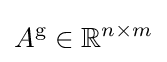
A^{\mathrm {g} }\in \mathbb {R} ^{n\times m}